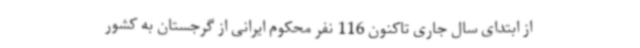
از ابتدای سال جاری تاکنون 116 نفر محکوم ایرانی از گرجستان به کشور